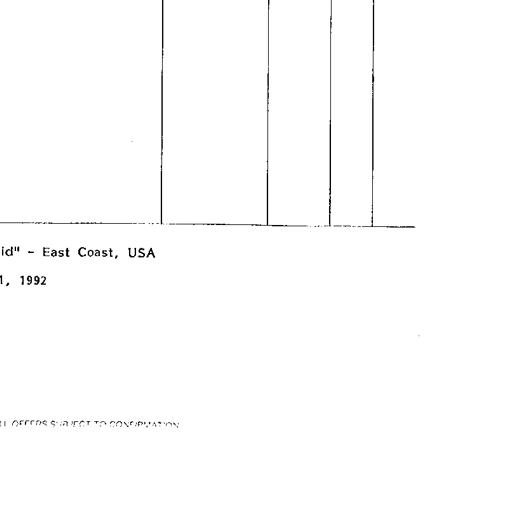
id" - East Coast, USA
1, 1992
ALL OFFERS SUBJECT TO CONFIRMATION